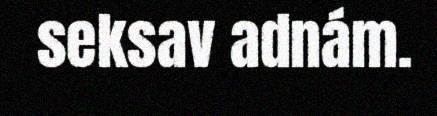
seksav adnám.